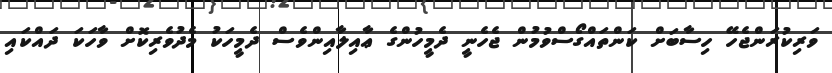
ވަރިކުރަންޖެހޭ ހިސާބަށް ކަންތައްގޯސްވުމުން ޖެހެނީ ދެމީހުންގެ ޢާއިލާއިންވެސް ދެމީހަކު މެދުވެރިކޮށް ވާހަކަ ދައްކައި